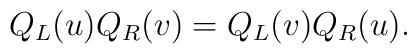
Q_L(u) Q_R(v) = Q_L(v) Q_R(u).